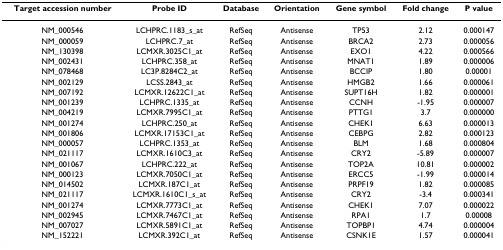
<table><thead><tr><td><b>Target accession number</b></td><td><b>Probe ID</b></td><td><b>Database</b></td><td><b>Orientation</b></td><td><b>Gene symbol</b></td><td><b>Fold change</b></td><td><b>P value</b></td></tr></thead><tbody><tr><td>NM_000546</td><td>LCHPRC.1183_s_at</td><td>RefSeq</td><td>Antisense</td><td>TP53</td><td>2.12</td><td>0.000147</td></tr><tr><td>NM_000059</td><td>LCHPRC.7_at</td><td>RefSeq</td><td>Antisense</td><td>BRCA2</td><td>2.73</td><td>0.000056</td></tr><tr><td>NM_130398</td><td>LCMXR.3025C1_at</td><td>RefSeq</td><td>Antisense</td><td>EXO1</td><td>4.22</td><td>0.000566</td></tr><tr><td>NM_002431</td><td>LCHPRC.358_at</td><td>RefSeq</td><td>Antisense</td><td>MNAT1</td><td>1.89</td><td>0.000006</td></tr><tr><td>NM_078468</td><td>LC3P.8284C2_at</td><td>RefSeq</td><td>Antisense</td><td>BCCIP</td><td>1.80</td><td>0.00001</td></tr><tr><td>NM_002129</td><td>LCSS.2843_at</td><td>RefSeq</td><td>Antisense</td><td>HMGB2</td><td>1.66</td><td>0.000061</td></tr><tr><td>NM_007192</td><td>LCMXR.12622C1_at</td><td>RefSeq</td><td>Antisense</td><td>SUPT16H</td><td>1.82</td><td>0.000001</td></tr><tr><td>NM_001239</td><td>LCHPRC.1335_at</td><td>RefSeq</td><td>Antisense</td><td>CCNH</td><td>-1.95</td><td>0.000007</td></tr><tr><td>NM_004219</td><td>LCMXR.7995C1_at</td><td>RefSeq</td><td>Antisense</td><td>PTTG1</td><td>3.7</td><td>0.000000</td></tr><tr><td>NM_001274</td><td>LCHPRC.250_at</td><td>RefSeq</td><td>Antisense</td><td>CHEK1</td><td>6.63</td><td>0.000013</td></tr><tr><td>NM_001806</td><td>LCMXR.17153C1_at</td><td>RefSeq</td><td>Antisense</td><td>CEBPG</td><td>2.82</td><td>0.000123</td></tr><tr><td>NM_000057</td><td>LCHPRC.1353_at</td><td>RefSeq</td><td>Antisense</td><td>BLM</td><td>1.68</td><td>0.000804</td></tr><tr><td>NM_021117</td><td>LCMXR.1610C3_at</td><td>RefSeq</td><td>Antisense</td><td>CRY2</td><td>-5.89</td><td>0.000007</td></tr><tr><td>NM_001067</td><td>LCHPRC.222_at</td><td>RefSeq</td><td>Antisense</td><td>TOP2A</td><td>10.81</td><td>0.000002</td></tr><tr><td>NM_000123</td><td>LCMXR.7050C1_at</td><td>RefSeq</td><td>Antisense</td><td>ERCC5</td><td>-1.99</td><td>0.000014</td></tr><tr><td>NM_014502</td><td>LCMXR.187C1_at</td><td>RefSeq</td><td>Antisense</td><td>PRPF19</td><td>1.82</td><td>0.000085</td></tr><tr><td>NM_021117</td><td>LCMXR.1610C1_s_at</td><td>RefSeq</td><td>Antisense</td><td>CRY2</td><td>-3.4</td><td>0.000341</td></tr><tr><td>NM_001274</td><td>LCMXR.7773C1_at</td><td>RefSeq</td><td>Antisense</td><td>CHEK1</td><td>7.07</td><td>0.000022</td></tr><tr><td>NM_002945</td><td>LCMXR.7467C1_at</td><td>RefSeq</td><td>Antisense</td><td>RPA1</td><td>1.7</td><td>0.00008</td></tr><tr><td>NM_007027</td><td>LCMXR.5891C1_at</td><td>RefSeq</td><td>Antisense</td><td>TOPBP1</td><td>4.74</td><td>0.000004</td></tr><tr><td>NM_152221</td><td>LCMXR.392C1_at</td><td>RefSeq</td><td>Antisense</td><td>CSNK1E</td><td>1.57</td><td>0.000041</td></tr></tbody></table>